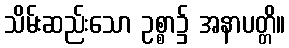
သိမ်းဆည်းသော ဥစ္စာ၌ အနာပတ္တိ။